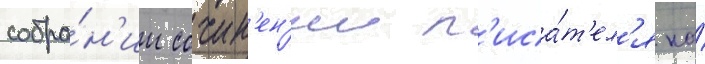
собра́н'ии сочин'ен'ии п'иса́т'ел'я на́